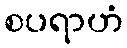
စပရာဟံ